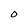
Character: O